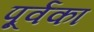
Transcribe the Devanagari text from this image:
पूर्वका